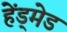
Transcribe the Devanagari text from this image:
हेंड्मेड